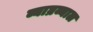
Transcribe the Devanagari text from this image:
व्याघ्रव्याल